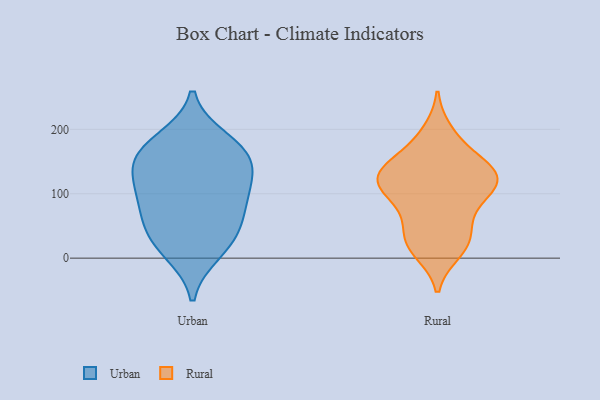
{"axis": {"x": "Tickets Resolved", "y": "Value"}, "legend": ["Rural", "Urban"], "data": [{"x": "", "y": 102, "type": "Urban"}, {"x": "", "y": 73, "type": "Urban"}, {"x": "", "y": 161, "type": "Urban"}, {"x": "", "y": 161, "type": "Urban"}, {"x": "", "y": 122, "type": "Urban"}, {"x": "", "y": 183, "type": "Urban"}, {"x": "", "y": 72, "type": "Urban"}, {"x": "", "y": 39, "type": "Urban"}, {"x": "", "y": 26, "type": "Urban"}, {"x": "", "y": 10, "type": "Urban"}, {"x": "", "y": 122, "type": "Urban"}, {"x": "", "y": 162, "type": "Urban"}, {"x": "", "y": 23, "type": "Rural"}, {"x": "", "y": 26, "type": "Rural"}, {"x": "", "y": 99, "type": "Rural"}, {"x": "", "y": 125, "type": "Rural"}, {"x": "", "y": 11, "type": "Rural"}, {"x": "", "y": 120, "type": "Rural"}, {"x": "", "y": 122, "type": "Rural"}, {"x": "", "y": 132, "type": "Rural"}, {"x": "", "y": 103, "type": "Rural"}, {"x": "", "y": 19, "type": "Rural"}, {"x": "", "y": 195, "type": "Rural"}, {"x": "", "y": 63, "type": "Rural"}, {"x": "", "y": 44, "type": "Rural"}, {"x": "", "y": 141, "type": "Rural"}, {"x": "", "y": 112, "type": "Rural"}, {"x": "", "y": 144, "type": "Rural"}, {"x": "", "y": 79, "type": "Rural"}, {"x": "", "y": 151, "type": "Rural"}, {"x": "", "y": 183, "type": "Rural"}, {"x": "", "y": 122, "type": "Rural"}]}